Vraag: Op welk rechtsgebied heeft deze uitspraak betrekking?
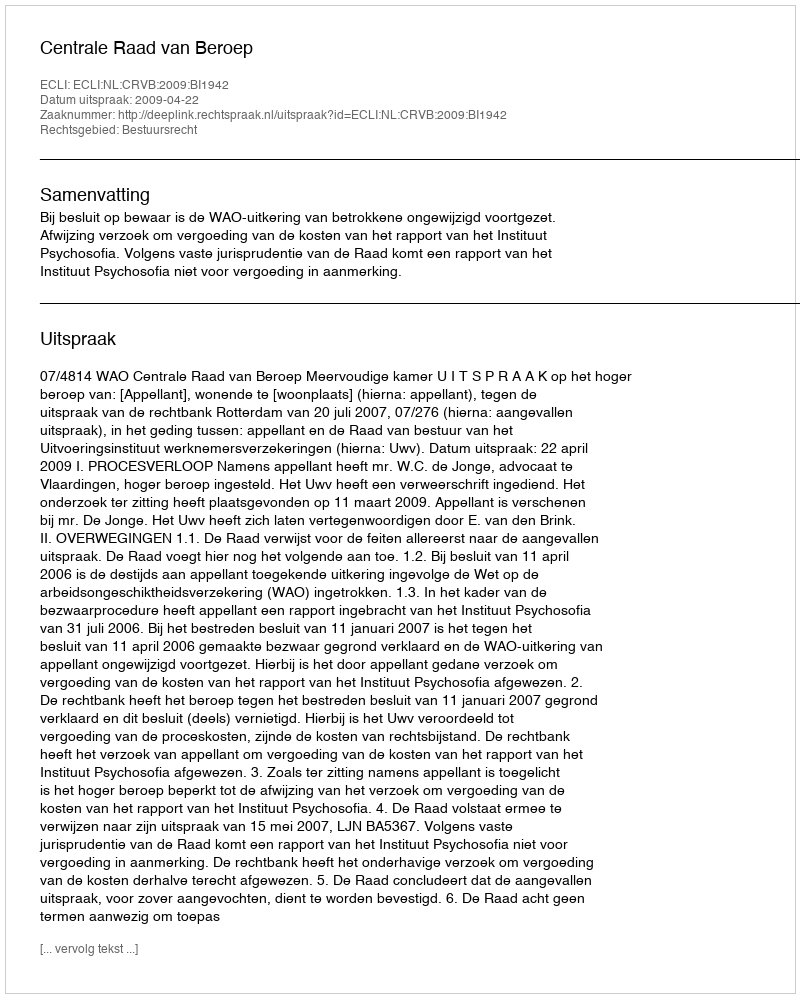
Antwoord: Bestuursrecht